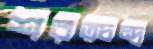
শরত্চন্দ্র